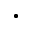
\cdot